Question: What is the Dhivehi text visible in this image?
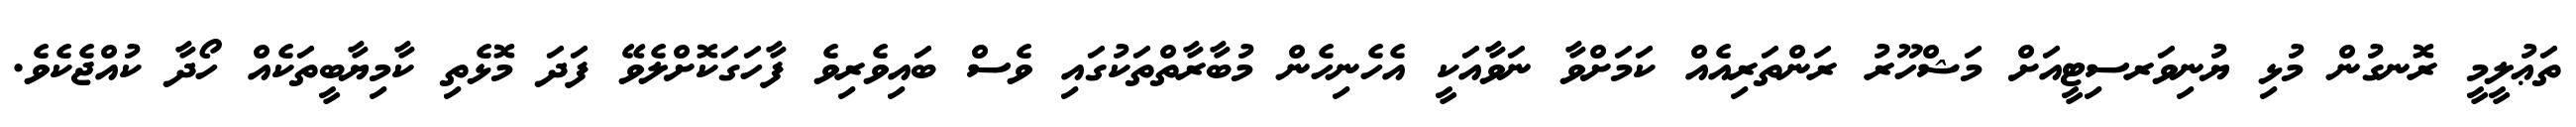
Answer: ތަޢުލީމީ ރޮނގުން މުޅި ޔުނިވަރސިޓީއަށް މަޝްހޫރު ރަންތަރިއެއް ކަމަށްވާ ނަވާއަކީ އެހެނިހެން މުބާރާތްތަކުގައި ވެސް ބައިވެރިވެ ފާހަގަކޮށްލެވޭ ފަދަ މޮޅެތި ކާމިޔާބީތަކެއް ހޯދާ ކުއްޖެކެވެ.